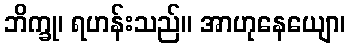
ဘိက္ခု၊ ရဟန်းသည်။ အာဟုနေယျော၊